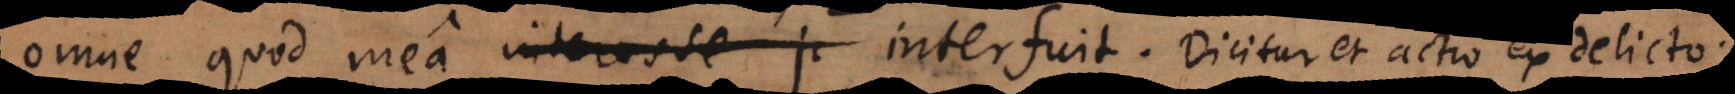
omne quod mea interesse p interfuit. Dicitur... delicto.